Sanitation, dispensaries and jails vaccination Rajputana 1922-1927 - 1922-1927
Year: 1922
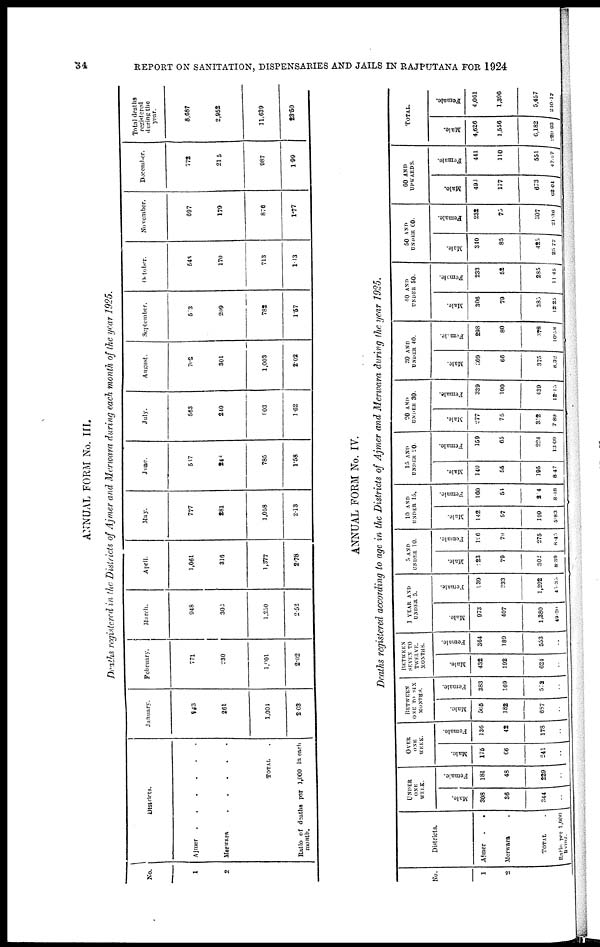
34
REPORT ON SANITATION, DISPENSARIES AND JAILS IN RAJPUTANA FOR 1924
ANNUAL FORM No. III.
Deaths registered in the Districts of Ajmer and Merwara during each month of the year 1925.
No.
1
2
Districts.
Ajmer
......
Merwara .....
TOTAL .
Ratio of deaths par 1,000 in each
month.
January.
743
261
1,004
2.03
February.
771
230
1,001
2.02
March.
948
302
1,250
2.52
April.
1,061
316
1,377
2.78
May.
777
281
1,058
2.13
June.
537
248
785
1.58
July.
563
240
803
1.62
August.
702
301
1,003
2.02
September.
573
209
782
1.57
October.
543
170
713
1.13
November.
697
170
876
1.77
December.
772
215
987
1.99
Total deaths
registered
during the
year.
8,687
2,952
11,639
23.50
ANNUAL FORM No. IV.
Deaths registered according to age in the Districts of Ajmer and Merwara during the year 7925.
No.
1
2
Districts.
Ajmer
.
.
Merwara .
TOTAL .
Ratio per 1,000
living.
UNDER
ONE
WEEK.
Male.
308
36
344
..
Female.
181
48
229
..
OVER
ONE
WEEK.
Male.
175
68
241
..
Female.
136
42
178
..
BETWEEN
ONE TO SIX
MONTHS.
Male.
505
182
687
..
Female.
383
169
552
..
BETWEEN
SEVEN TO
TWELVE.
MONTHS.
Male.
432
192
624
..
Female.
364
189
553
..
1 YEAR AND
UNDER 5.
Male.
973
407
1,380
49.20
Female.
939
333
1,292
45.35
5 AND
UNDER 10.
Male.
223
79
302
8.39
Female.
196
79
275
8.45
10 AND
UNDER 15.
Male.
142
57
199
5.83
Female.
160
54
214
8.48
15 AND
UNDER 20.
Male.
140
55
195
8.47
Female.
159
65
224
13.09
20 AND
UNDER 30.
Male.
277
75
352
7.89
Female.
339
100
139
12.15
30 AND
UNDER 40.
Male.
309
66
375
8.32
Female.
298
80
378
10.53
40 AND
UNDER 50.
Male.
306
79
385
12.25
Female.
233
52
285
11.45
50 AND
UNDER 60.
Male.
340
85
425
25.77
Female.
232
75
307
21.36
60 AND
UPWARDS.
Male.
496
177
673
62.01
Female.
441
110
551
47.87
TOTAL.
Male.
4,626
1,556
6,182
220.93
Female.
4,061
1,396
5,457
240.17